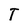
Character: T